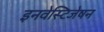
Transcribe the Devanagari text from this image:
इनवेस्टिजेषन